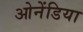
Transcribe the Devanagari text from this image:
ओनेंडिया